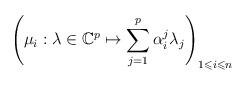
LaTeX: \begin{align*}\left(\mu_i:\lambda \in\mathbb{C}^p\mapsto \sum_{j=1}^p\alpha^j_i\lambda_j\right)_{1\leqslant i\leqslant n}\end{align*}